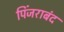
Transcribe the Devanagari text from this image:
पिंजराबंद